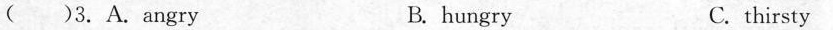
( )3. A.Angry B. hungry C. thirsty